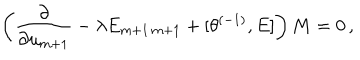
\left( \frac { \partial } { \partial u _ { m + 1 } } - \lambda E _ { m + 1 \, m + 1 } + \lbrack \theta ^ { ( - 1 ) } , E \rbrack \right) M = 0 \, ,